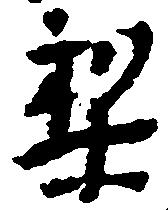
梨